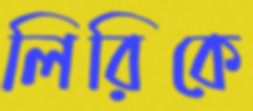
লিরিকে